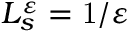
L _ { s } ^ { \varepsilon } = { \mathrm { 1 } \mathord { \left/ { \vphantom { \mathrm { 1 } \varepsilon } } \right. \kern - \nulldelimiterspace } \varepsilon }